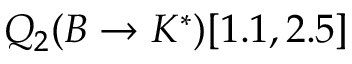
Q _ { 2 } ( B \to K ^ { * } ) [ 1 . 1 , 2 . 5 ]